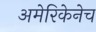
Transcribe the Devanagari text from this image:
अमेरिकेनेच